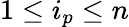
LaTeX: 1\leq i_{p}\leq n